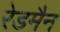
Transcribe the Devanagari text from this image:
रेडमैन